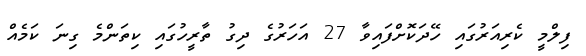
ފިލްމީ ކެރިއަރުގައި ހޭދަކޮށްފައިވާ 27 އަހަރުގެ ދިގު ތާރީހުގައި ކިތަންމެ ގިނަ ކަމެއް